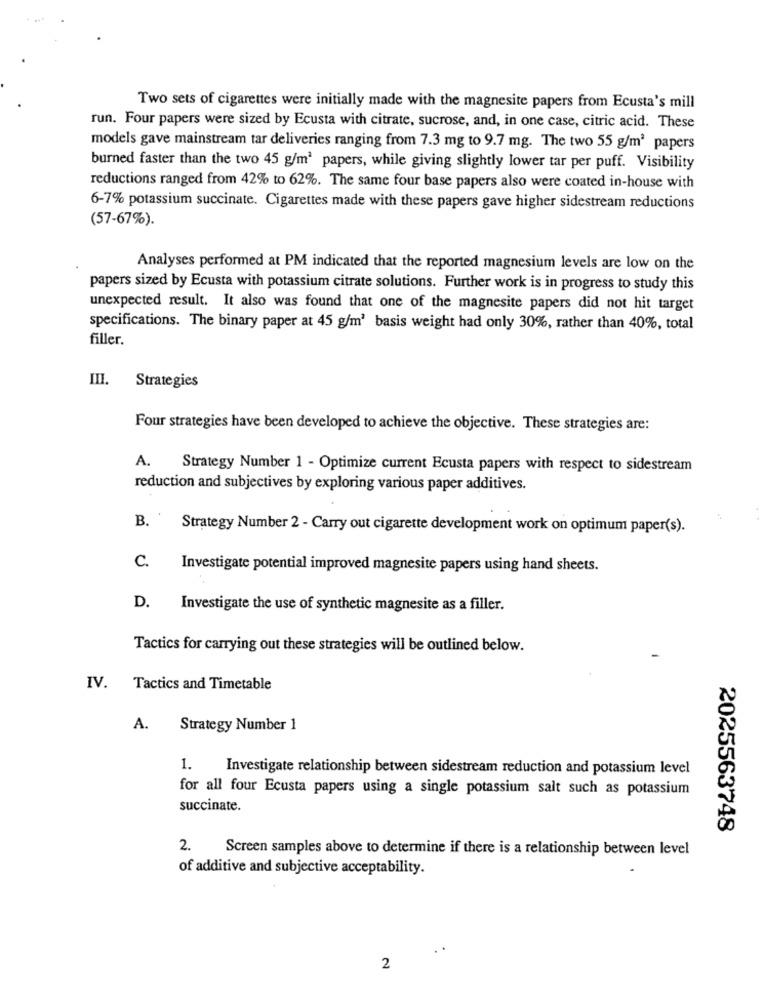
Two sets of cigarettes were initially made with the magnesite papers from Ecusta's mill
run. Four papers were sized by Ecusta with citrate, sucrose, and, in one case, citric acid. These
models gave mainstream tar deliveries ranging from 7.3 mg to 9.7 mg. The two 55 g/m3 papers
burned faster than the two 45 g/m3 papers, while giving slightly lower tar per puff. Visibility
reductions ranged from 42% to 62%. The same four base papers also were coated in-house with
6-7% potassium succinate. Cigarettes made with these papers gave higher sidestream reductions
(57-67%).
Analyses performed at PM indicated that the reported magnesium levels are low on the
papers sized by Ecusta with potassium citrate solutions. Further work is in progress to study this
unexpected result. It also was found that one of the magnesite papers did not hit target
specifications. The binary paper at 45 g/m3 basis weight had only 30%, rather than 40%, total
filler.
III. Strategies
Four strategies have been developed to achieve the objective. These strategies are:
A.
Strategy Number 1 - Optimize current Ecusta papers with respect to sidestream
reduction and subjectives by exploring various paper additives.
B. .
Strategy Number 2 - Carry out cigarette development work on optimum paper(s).
C.
Investigate potential improved magnesite papers using hand sheets.
D.
Investigate the use of synthetic magnesite as a filler.
Tactics for carrying out these strategies will be outlined below.
IV.
Tactics and Timetable
A.
Strategy Number 1
1.
Investigate relationship between sidestream reduction and potassium level
for all four Ecusta papers using a single potassium salt such as potassium
succinate.
2025563748
2.
Screen samples above to determine if there is a relationship between level
of additive and subjective acceptability.
2